Vaccination in Burma 1889-1999 - 1889-1999
Year: 1889
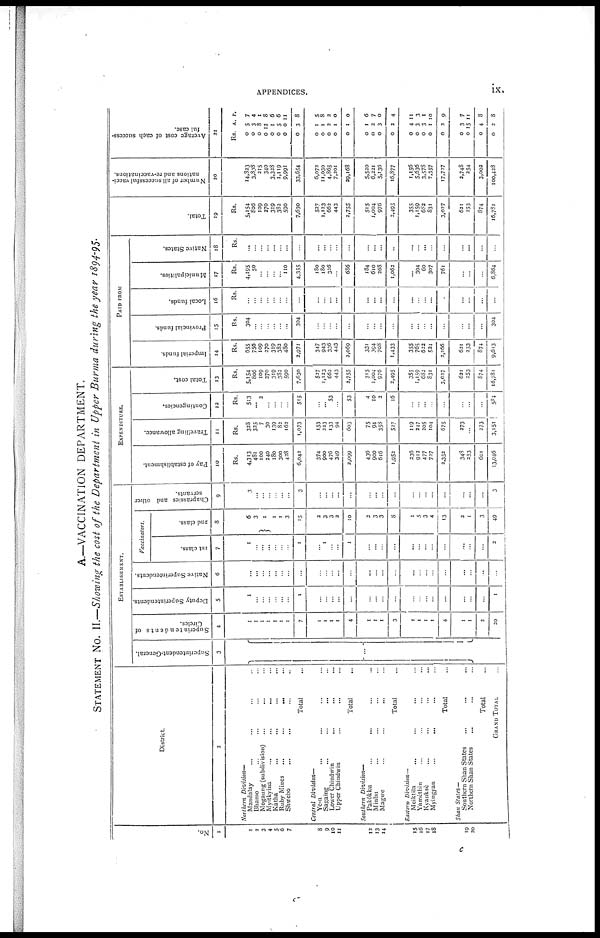
APPENDICES.
ix.
A.—VACCINATION DEPARTMENT.
STATEMENT No. II.—Showing the cost of the Department in Upper Burma during the year 1894-95
No.
1
1
2
3
4
5
6
7
8
9
10
11
12
13
14
15
16
17
18
19
20
District.
2
Northern Division—
Mandalay ... ... ... ...
Bhamo
...
...
...
...
Mogaung (subdivision) ... ...
Myitkvina
...
...
...
Katha ... ... ...
Ruby Mines
...
...
...
Shwebo ... ... ...
Total ...
Central Division—
Yc-u ... ... ...
Sagaing ... ... ...
Lower Chindwin ... ... ...
Upper Chindwin ... ... ...
Total ...
Southern Division—
Pakôkku ... ... ...
Minbu ... ... ...
Magwe ... ... ...
Total ...
Eastern Division—
Meiktila ... ... ...
Yamèthin ... ... ...
Kyauksè ... ... ...
Myingyan
...
...
...
Total ...
Shan States—
Southern Shan States ... ... ...
Northern Shan States ... ... ...
Total ...
GRAND TOTAL ...
ESTABLISHMENT.
Superintendent-General.
3
...
Superintendents of
Circles.
4
1
1
1
1
1
1
1
7
1
1
1
1
4
1
1
1
3
1
1
1
1
4
1
1
2
20
Deputy Superintendents.
5
1
...
...
...
... ...
...
1
...
...
...
...
...
...
...
...
...
...
...
...
...
...
...
...
...
1
Native Superintendents.
6
...
...
... ...
...
...
...
...
...
...
...
...
...
...
...
...
...
...
...
...
...
...
...
...
...
...
Vaccinators.
1st class.
7
1
...
...
...
...
...
...
1
... 1
...
...
1
...
...
...
...
...
... ...
...
...
...
...
...
2
2nd class.
8
6
3
1
1
1
3
15
2
3
3
2
10
2
3
3
8
1
5
3
4
13
2
1
3
49
Chaprassies and other
servants.
9
3
...
...
...
...
...
...
3
...
...
...
...
...
...
...
...
...
...
...
...
...
...
...
...
...
3
EXPENDITURE.
Pay of establishment.
10
Rs.
4,313
481
100
240
180
300
428
6,042
374
900
476
349
2,099
436
900
616
1,952
236
912
477
727
2,352
348
253
601
13,046
Travelling allowance.
11
Rs.
328
325
7
30
139
82
162
1,073
153
223
133
94
603
75
94
358
527
119
247
205
104
675
273
...
273
3,151
Contingencies.
12
Rs.
513
... 2
...
...
...
...
515
... ... 53
...
53
4
10
2
16
...
...
...
...
...
...
...
...
584
Total cost.
13
Rs.
5,154
806
109
270
319
382
590
7,630
527
1,123
662
443
2,755
515
1,004
976
2,495
355
1,159
682
831
3,027
621
253
874
16,781
PAID FROM
Imperial funds.
14
Rs.
655
756
109
270
319
382
480
2,971
347
943
336
443
3,069
331
394
708
1,433
355
765
622
524
2,266
621
253
874
9,613
Provincial funds.
15
Rs.
304
...
...
...
...
...
...
304
...
...
...
...
...
...
...
...
...
...
...
...
...
...
...
...
...
304
Local funds.
16
Rs.
...
...
...
...
...
...
...
...
...
...
...
...
...
... ...
...
...
...
...
... ...
...
...
...
...
...
Municipalities.
17
Rs.
4,195
50
...
...
...
... 110
4,355
180
180
326
...
686
184
610
268
1,062
... 394
60
307
761
...
...
...
6,864
Native States.
18
Rs.
...
...
...
...
...
...
...
...
...
...
...
...
...
... ...
...
...
...
... ...
...
...
...
...
...
...
Total.
19
Rs.
5,154
806
109
270
319
382
590
7,630
527
1,123
662
443
2,755
515
1,004
976
2,495
355
1,159
682
831
3,027
621
253
874
16,781
Number of all successful vacci-
nations and re-vaccinations.
20
14,823
3,838
215
340
3,328
1,119
9,991
33,654
6,072
11,030
4,865
7,201
29,168
5,520
6,221
5,136
16,877
1,156
5,636
3,578
7,357
17,727
2,748
254
3,002
100,428
Average cost of each success-
ful case.
21
Rs. A. P.
0
0
0
0
0
0
0
0
5
3
8
12
1
5
0
3
7
4
1
8
6
6
11
8
0
0
0
0
0
1
1
2
1
1
5
8
2
0
0
0
0
0
0
1
2
3
2
6
7
0
4
0
0
0
0
0
4
3
3
1
3
11
3
1
10
9
0
0
0
0
3
15
4
2
7
11
8
8
c